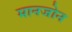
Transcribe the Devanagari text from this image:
मानजोन